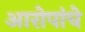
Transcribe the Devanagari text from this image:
आरोपांचे